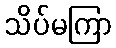
သိပ်မကြာ